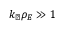
k _ { \perp } \rho _ { E } \gg 1